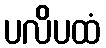
ပလိပထံ